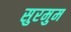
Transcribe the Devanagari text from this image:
सुरमुम